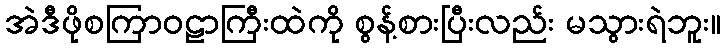
အဲဒီဖိုစကြာဝဠာကြီးထဲကို စွန့်စားပြီးလည်း မသွားရဲဘူး။